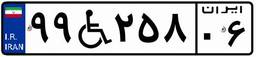
۹۱W۷۲۴۷۳